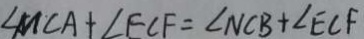
\angle M C A + \angle E C F = \angle N C B + \angle E C F